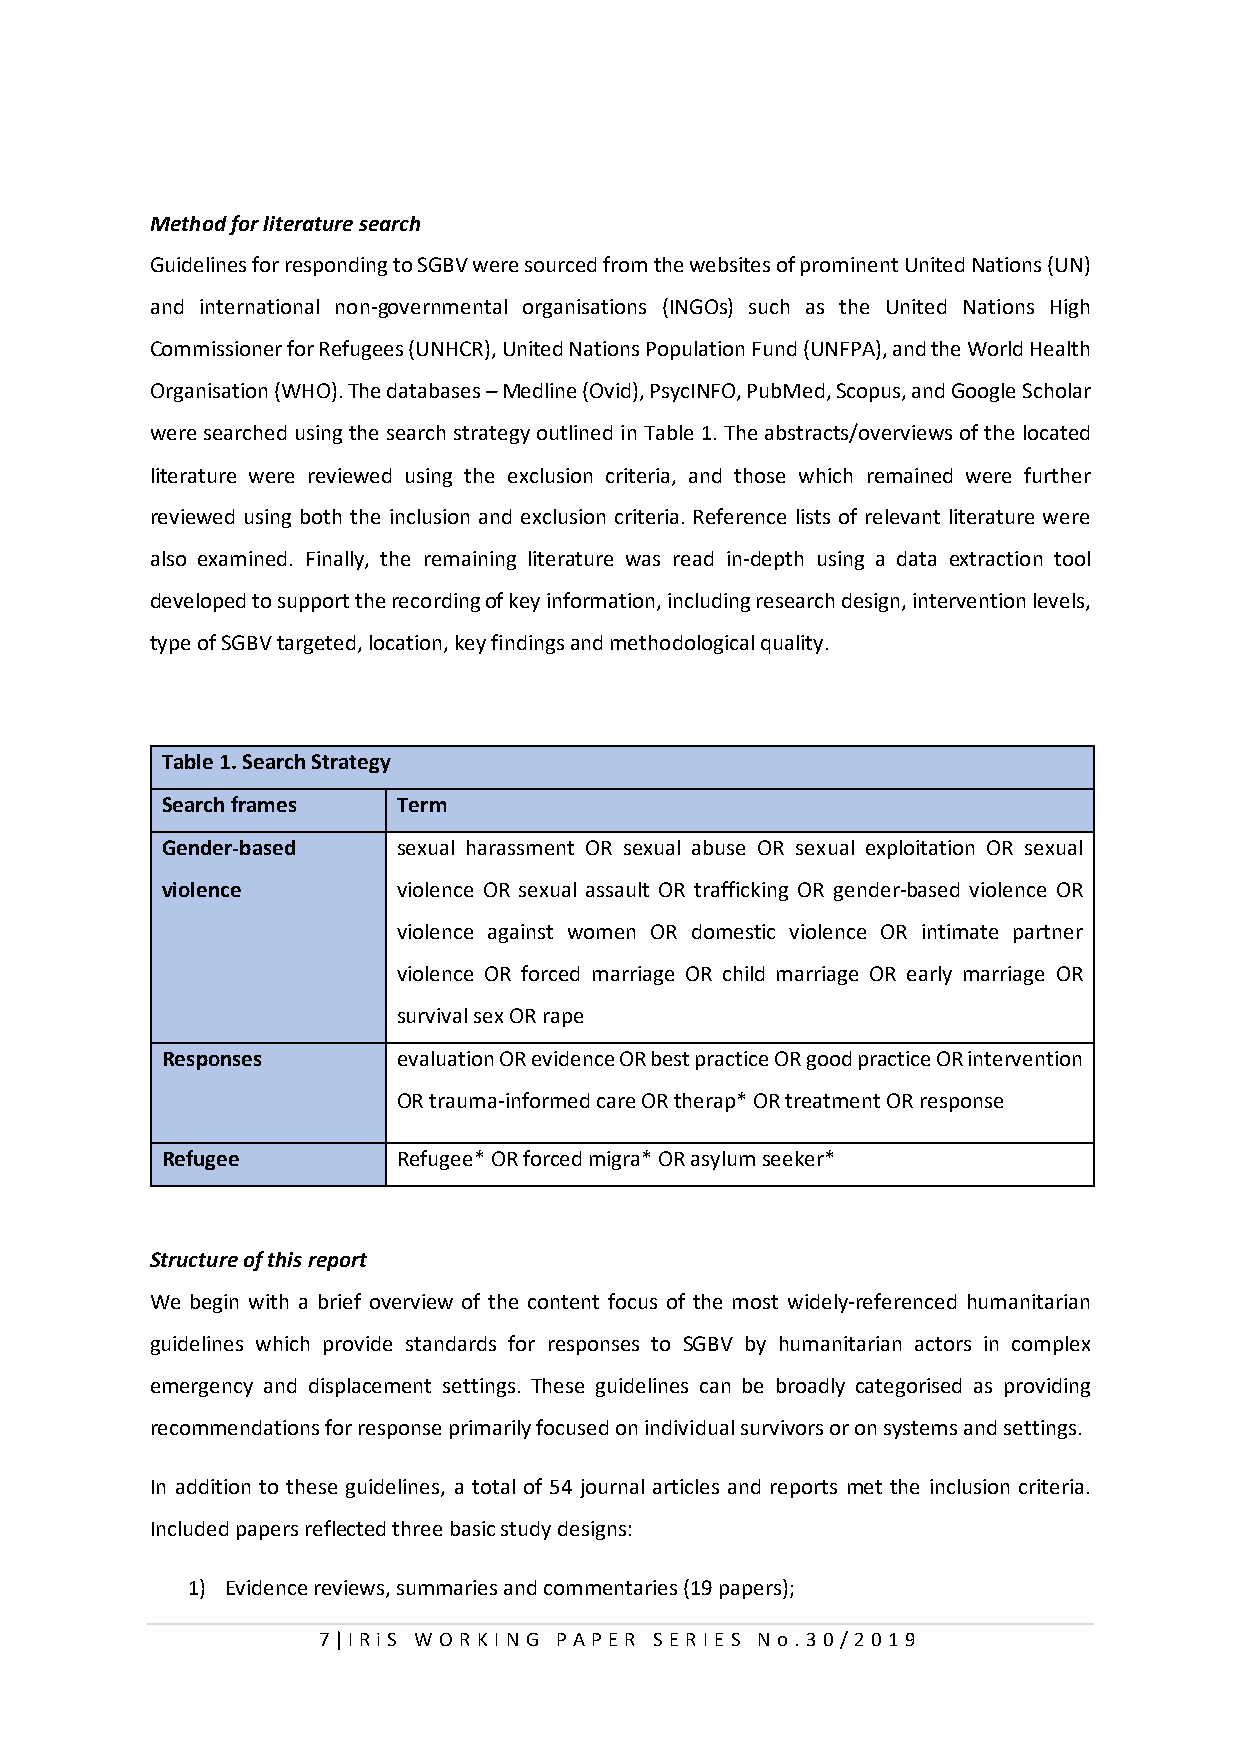
Method for literature search
 Guidelines for responding to SGBV were sourced from the websites of prominent United Nations (UN)
 and international non-governmental organisations (INGOs) such as the United Nations High
 Commissioner for Refugees (UNHCR), United Nations Population Fund (UNFPA), and the World Health
 Organisation (WHO). The databases – Medline (Ovid), PsycINFO, PubMed, Scopus, and Google Scholar
 were searched using the search strategy outlined in Table 1. The abstracts/overviews of the located
 literature were reviewed using the exclusion criteria, and those which remained were further
 reviewed using both the inclusion and exclusion criteria. Reference lists of relevant literature were
 also examined. Finally, the remaining literature was read in-depth using a data extraction tool
 developed to support the recording of key information, including research design, intervention levels,
 type of SGBV targeted, location, key findings and methodological quality.
 Table 1. Search Strategy
 Search frames  Term
 Gender-based   sexual harassment OR sexual abuse OR sexual exploitation OR sexual
 violence       violence OR sexual assault OR trafficking OR gender-based violence OR
 violence against women OR domestic violence OR intimate partner
 violence OR forced marriage OR child marriage OR early marriage OR
 survival sex OR rape
 Responses      evaluation OR evidence OR best practice OR good practice OR intervention
 OR trauma-informed care OR therap* OR treatment OR response
 Refugee        Refugee* OR forced migra* OR asylum seeker*
 Structure of this report
 We begin with a brief overview of the content focus of the most widely-referenced humanitarian
 guidelines which provide standards for responses to SGBV by humanitarian actors in complex
 emergency and displacement settings. These guidelines can be broadly categorised as providing
 recommendations for response primarily focused on individual survivors or on systems and settings.
 In addition to these guidelines, a total of 54 journal articles and reports met the inclusion criteria.
 Included papers reflected three basic study designs:
 1) Evidence reviews, summaries and commentaries (19 papers);
 7 | I RiS W O R KI N G P AP E R SE RI E S N o . 30/2019